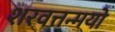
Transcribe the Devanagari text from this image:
शरवत्तन्मयो